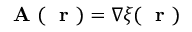
\mathrm { ~ \bf ~ A ~ } ( \mathrm { ~ \bf ~ r ~ } ) = \nabla \xi ( \mathrm { ~ \bf ~ r ~ } )